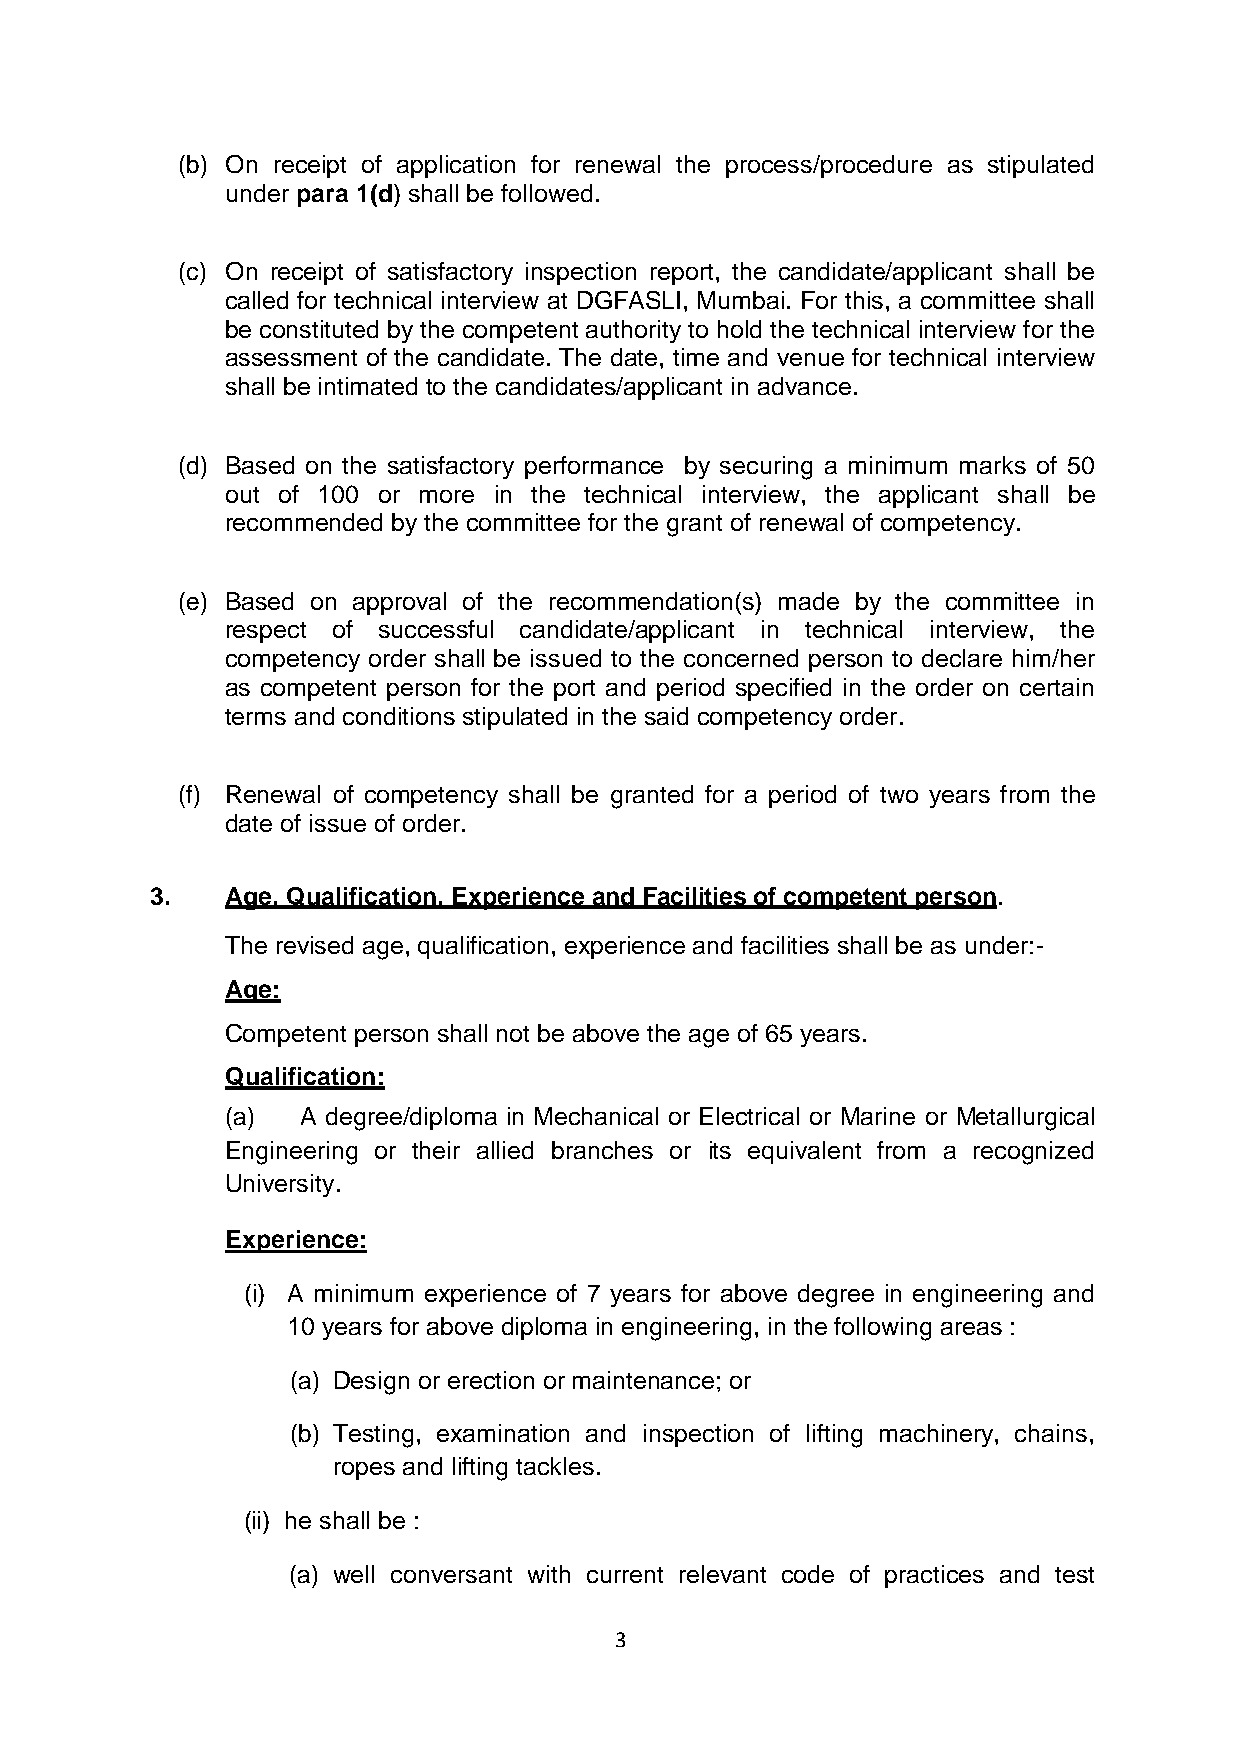
(b) On receipt of application for renewal the process/procedure as stipulated
 under para 1(d) shall be followed.
 (c) On receipt of satisfactory inspection report, the candidate/applicant shall be
 called for technical interview at DGFASLI, Mumbai. For this, a committee shall
 be constituted by the competent authority to hold the technical interview for the
 assessment of the candidate. The date, time and venue for technical interview
 shall be intimated to the candidates/applicant in advance.
 (d) Based on the satisfactory performance by securing a minimum marks of 50
 out of 100 or more in the technical interview, the applicant shall be
 recommended by the committee for the grant of renewal of competency.
 (e) Based on approval of the recommendation(s) made by the committee in
 respect of successful candidate/applicant in technical interview, the
 competency order shall be issued to the concerned person to declare him/her
 as competent person for the port and period specified in the order on certain
 terms and conditions stipulated in the said competency order.
 (f) Renewal of competency shall be granted for a period of two years from the
 date of issue of order.
 3.   Age, Qualification, Experience and Facilities of competent person.
 The revised age, qualification, experience and facilities shall be as under:-
 Age:
 Competent person shall not be above the age of 65 years.
 Qualification:
 (a)  A degree/diploma in Mechanical or Electrical or Marine or Metallurgical
 Engineering or their allied branches or its equivalent from a recognized
 University.
 Experience:
 (i) A minimum experience of 7 years for above degree in engineering and
 10 years for above diploma in engineering, in the following areas :
 (a) Design or erection or maintenance; or
 (b) Testing, examination and inspection of lifting machinery, chains,
 ropes and lifting tackles.
 (ii) he shall be :
 (a) well conversant with current relevant code of practices and test
 3